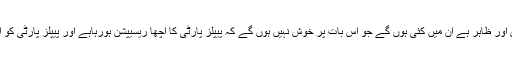
حکومت میں مختلف قسم کے ایلیمنٹس ہیں اور ظاہر ہے ان میں کئی ہوں گے جو اس بات پر خوش نہیں ہوں گے کہ پیپلز پارٹی کا اچھا ریسیپشن ہورہاہے اور پیپلز پارٹی کو الیکشن میں ایک بہت بڑا boost ملے گا۔